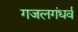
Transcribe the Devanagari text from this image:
गजलगंधर्व